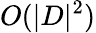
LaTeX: O(|D|^{2})